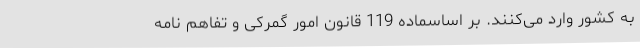
به کشور وارد می‌کنند. بر اساسماده 119 قانون امور گمرکی و تفاهم نامه